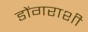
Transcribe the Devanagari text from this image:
डोंगराशी